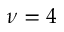
\nu = 4